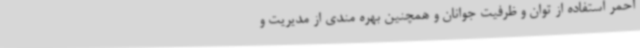
احمر استفاده از توان و ظرفیت جوانان و همچنین بهره مندی از مدیریت و